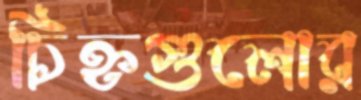
চিহ্নগুলোর